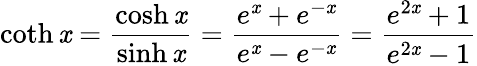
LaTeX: \coth\mathit{x}={\frac{{\cosh\mathit{x}}}{{\sinh\mathit{x}}}}={\frac{{e^{\mathit{x}}+e^{-\mathit{x}}}}{{e^{\mathit{x}}-e^{-\mathit{x}}}}}={\frac{{e^{2\mathit{x}}+1}}{{e^{2\mathit{x}}-1}}}